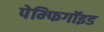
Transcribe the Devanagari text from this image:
पेम्फिगॉइड